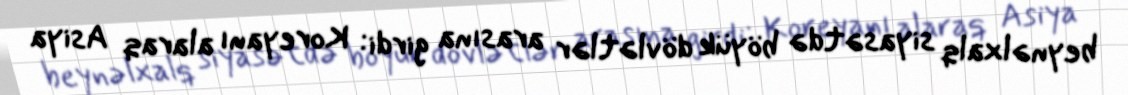
beynəlxalq siyasətdə böyük dövlətlər arasına girdi: Koreyanı alaraq Asiya